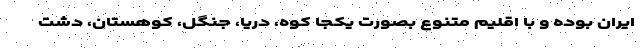
ایران بوده و با اقلیم متنوع بصورت یکجا کوه، دریا، جنگل، کوهستان، دشت